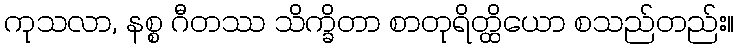
ကုသလာ, နစ္စ ဂီတဿ သိက္ခိတာ စာတုရိတ္ထိယော စသည်တည်း။